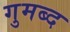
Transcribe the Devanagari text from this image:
गुमब्द